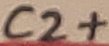
Text: C2+